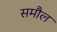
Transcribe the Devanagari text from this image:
समौल